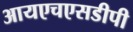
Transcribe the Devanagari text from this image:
आयएचएसडीपी